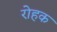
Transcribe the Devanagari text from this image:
रोहक